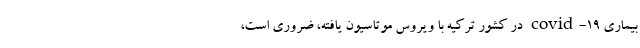
بیماری covid-19 در کشور ترکیه با ویروس موتاسیون یافته، ضروری است،